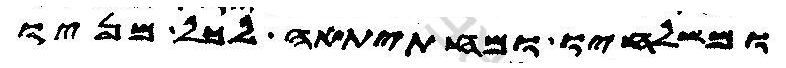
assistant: ומשלחיו ומחתיתאה לכל מניו